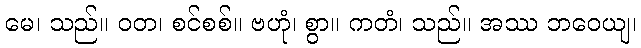
မေ၊ သည်။ ဝတ၊ စင်စစ်။ ဗဟုံ၊ စွာ။ ကတံ၊ သည်။ အဿ ဘဝေယျ၊